Proceedings of the meeting of veterinary officers in India
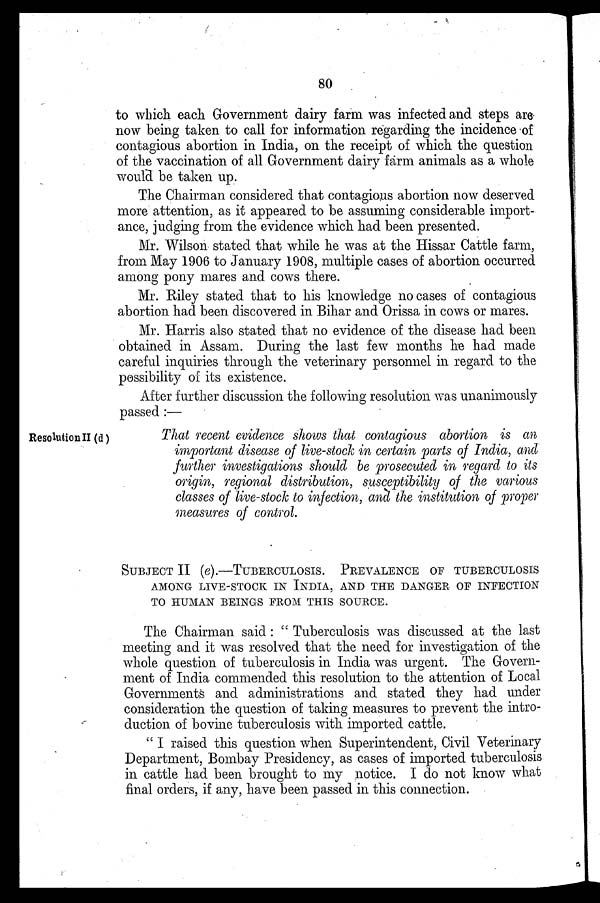
80
to which each Government dairy farm was infected and steps are
now being taken to call for information regarding the incidence of
contagious abortion in India, on the receipt of which the question
of the vaccination of all Government dairy farm animals as a whole
would be taken up.
The Chairman considered that contagious abortion now deserved
more attention, as it appeared to be assuming considerable import-
ance, judging from the evidence which had been presented.
Mr. Wilson stated that while he was at the Hissar Cattle farm,
from May 1906 to January 1908, multiple cases of abortion occurred
among pony mares and cows there.
Mr. Riley stated that to his knowledge no cases of contagious
abortion had been discovered in Bihar and Orissa in cows or mares.
Mr. Harris also stated that no evidence of the disease had been
obtained in Assam. During the last few months he had made
careful inquiries through the veterinary personnel in regard to the
possibility of its existence.
After further discussion the following resolution was unanimously
passed :—
Resolution II(d)
That recent evidence shows that contagious abortion is an
important disease of live-stock in certain parts of India, and
further investigations should be prosecuted in regard to its
origin, regional distribution, susceptibility of the various
classes of live-stock to infection, and the institution of proper
measures of control.
SUBJECT II (e).-TUBERCULOSIS. PREVALENCE OF TUBERCULOSIS
AMONG LIVE-STOCK IN INDIA, AND THE DANGER OF INFECTION
TO HUMAN BEINGS FROM THIS SOURCE.
The Chairman said : " Tuberculosis was discussed at the last
meeting and it was resolved that the need for investigation of the
whole question of tuberculosis in India was urgent. The Govern-
ment of India commended this resolution to the attention of Local
Governments and administrations and stated they had under
consideration the question of taking measures to prevent the intro-
duction of bovine tuberculosis with imported cattle.
" I raised this question when Superintendent, Civil Veterinary
Department, Bombay Presidency, as cases of imported tuberculosis
in cattle had been brought to my notice. I do not know what
final orders, if any, have been passed in this connection.